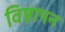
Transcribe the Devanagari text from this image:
विष्ठापन